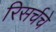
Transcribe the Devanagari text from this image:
रिसर्चचे